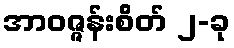
အာဝဇ္ဇန်းစိတ် ၂-ခု